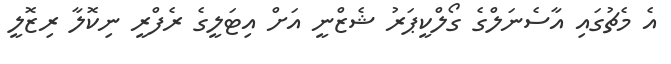
އެ މެޗުގައި އާސެނަލްގެ ގޯލްކީޕަރު ޝެޒްނީ އަށް އިޓަލީގެ ރެފްރީ ނިކޮލާ ރިޒޮލީ